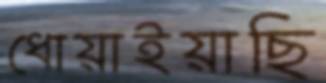
ধোয়াইয়াছি